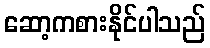
ဆော့ကစားနိုင်ပါသည်